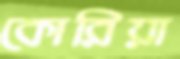
কোরিয়া